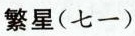
繁星(七一)